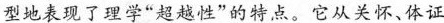
型地表现了理学”超越性”的特点。它从关怀、体证